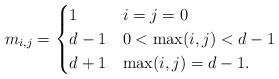
LaTeX: \begin{align*} m_{i,j} = \begin{cases} 1 & i=j=0 \\ d-1 & 0< \max(i,j) < d-1\\ d+1 & \max(i,j) = d-1. \end{cases}\end{align*}